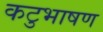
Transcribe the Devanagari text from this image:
कटुभाषण